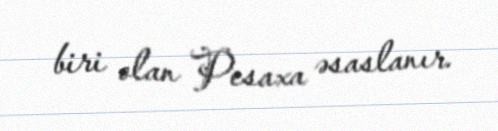
biri olan Pesaxa əsaslanır.